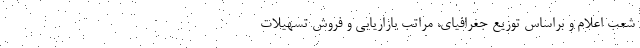
شعب اعلام و براساس توزیع جغرافیای، مراتب بازاریابی و فروش تسهیلات